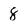
Character: 8